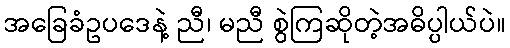
အခြေခံဥပဒေနဲ့ ညီ၊ မညီ စွဲကြဆိုတဲ့အဓိပ္ပါယ်ပဲ။